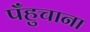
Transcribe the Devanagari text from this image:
पँहुचाना